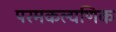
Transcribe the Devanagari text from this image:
परमकल्यणिक